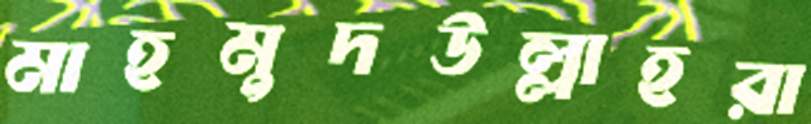
মাহমুদউল্লাহরা